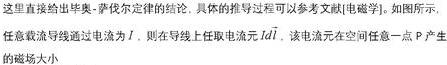
这里直接给出毕奥 - 萨伐尔定律的结论, 具体的推导过程可以参考文献《电磁学》。如图所示, 任意载流导线通以电流 $I$, 则在导线上任取电流元 $I\mathrm{d}\boldsymbol{l}$, 该电流元在空间任意一点 $P$ 产生的磁感应强度